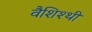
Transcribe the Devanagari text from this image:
वैशिश्थी